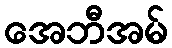
အေဘီအမ်